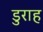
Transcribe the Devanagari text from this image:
डुराह